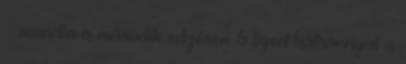
– mondta a második edzésen 6 tized hátránnyal a